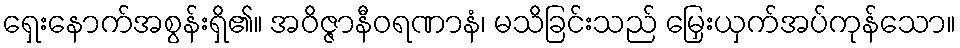
ရှေးနောက်အစွန်းရှိ၏။ အဝိဇ္ဇာနီဝရဏာနံ၊ မသိခြင်းသည် မြှေးယှက်အပ်ကုန်သော။